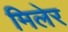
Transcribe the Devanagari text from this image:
मिलेर